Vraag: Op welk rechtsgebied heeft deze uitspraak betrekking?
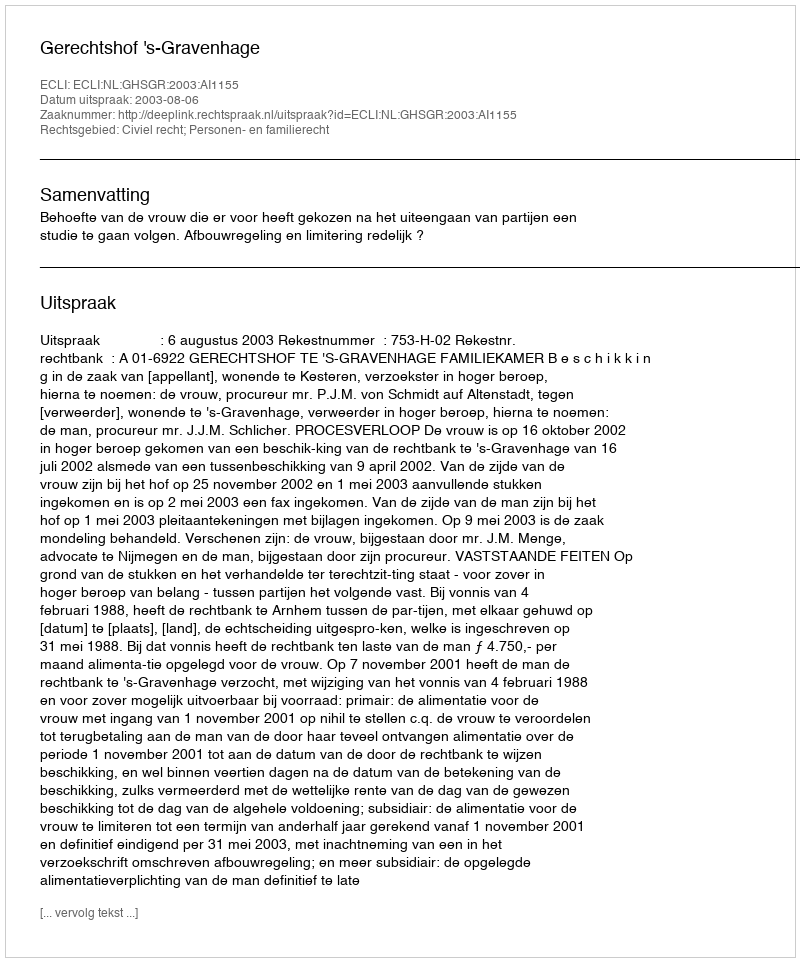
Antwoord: Civiel recht; Personen- en familierecht